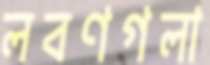
লবণগলা